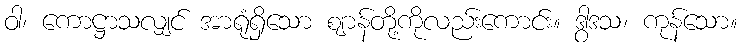
ဝါ၊ ကောဋ္ဌာသလျှင် အာရုံရှိသော ဈာန်တို့ကိုလည်းကောင်း။ ဒွါဒသ၊ ကုန်သော။